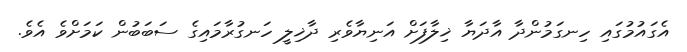
އެގައުމުގައި ހިނގަމުންދާ އާދަޔާ ޚިލާފަށް އަނިޔާވެރި ދާޚިލީ ހަނގުރާމައިގެ ސަބަބުން ކަމަށްވެ އެވެ.